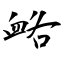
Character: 衉